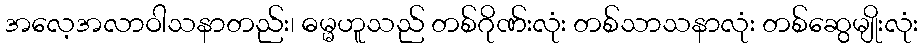
အလေ့အလာဝါသနာတည်း၊ ဓမ္မဟူသည် တစ်ဂိုဏ်းလုံး တစ်သာသနာလုံး တစ်ဆွေမျိုးလုံး